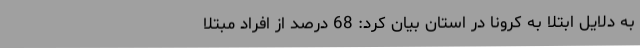
به دلایل ابتلا به کرونا در استان بیان کرد: 68 درصد از افراد مبتلا